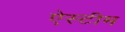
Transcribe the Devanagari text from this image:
ऐस्टीम